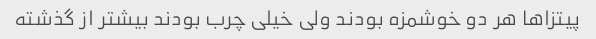
پیتزاها هر دو خوشمزه بودند ولی خیلی چرب بودند بیشتر از گذشته